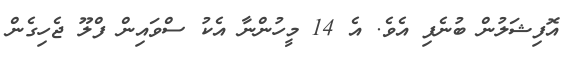
އޮފިޝަލުން ބުނެފި އެވެ. އެ 14 މީހުންނާ އެކު ސްވައިން ފްލޫ ޖެހިގެން